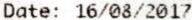
DATE: 16/08/2017